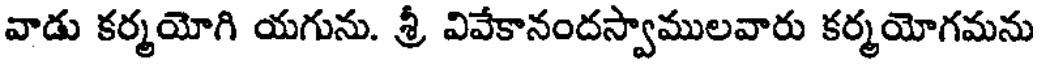
వాడు కర్మయోగి యగును. శ్రీ వివేకానందస్వాములవారు కర్మయోగమను